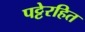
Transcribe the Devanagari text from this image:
पट्टेरहित